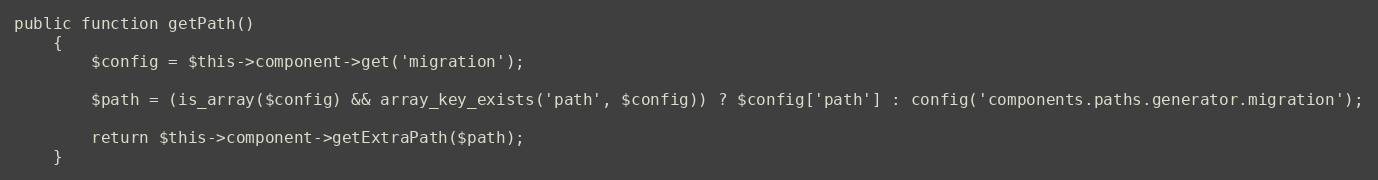
Language: PHP
public function getPath()
    {
        $config = $this->component->get('migration');

        $path = (is_array($config) && array_key_exists('path', $config)) ? $config['path'] : config('components.paths.generator.migration');

        return $this->component->getExtraPath($path);
    }